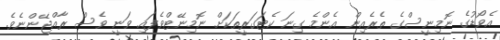
އެވޯޑުގެ ނޮމިނީސްގެ ތެރެއިން އެންމެ ގިނަ ކެޓަގަރީތަކަށް ނޮމިނޭޓްވެފައި ވަނީ ވެސް ރާއްޖޭންނެވެ.